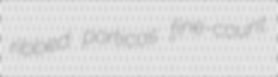
ribbed porticos fine-count